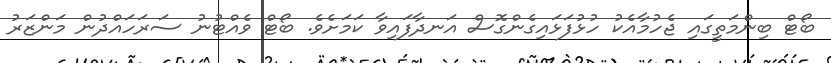
ބޯޓް ބިންމަތީގައި ޖެހުމާއެކު ހުޅުފަޅައިގެންގޮސް އަނދާފައިވާ ކަމަށެވެ. ބޯޓް ވެއްޓުނު ސަރަހައްދުން މަންޒަރު